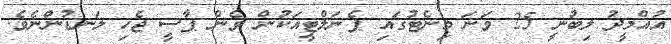
އުއްމީދު ލިބުނީ 25 ވަނަ މިނެޓުގައި ޕެނަލްޓީއަކުން ވެން ޕާސީ ޖެހި ލަނޑުންނެވެ.